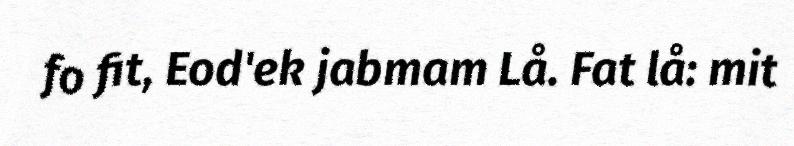
fo fit, Eod'ek jabmam Lå. Fat lå: mit